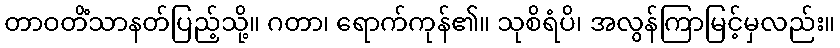
တာဝတိံသာနတ်ပြည့်သို့။ ဂတာ၊ ရောက်ကုန်၏။ သုစိရံပိ၊ အလွန်ကြာမြင့်မှလည်း။